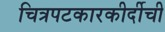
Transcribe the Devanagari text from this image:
चित्रपटकारकीर्दीची